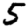
Digit: 5